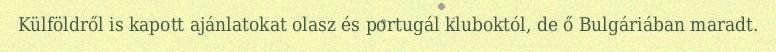
Külföldről is kapott ajánlatokat olasz és portugál kluboktól, de ő Bulgáriában maradt.